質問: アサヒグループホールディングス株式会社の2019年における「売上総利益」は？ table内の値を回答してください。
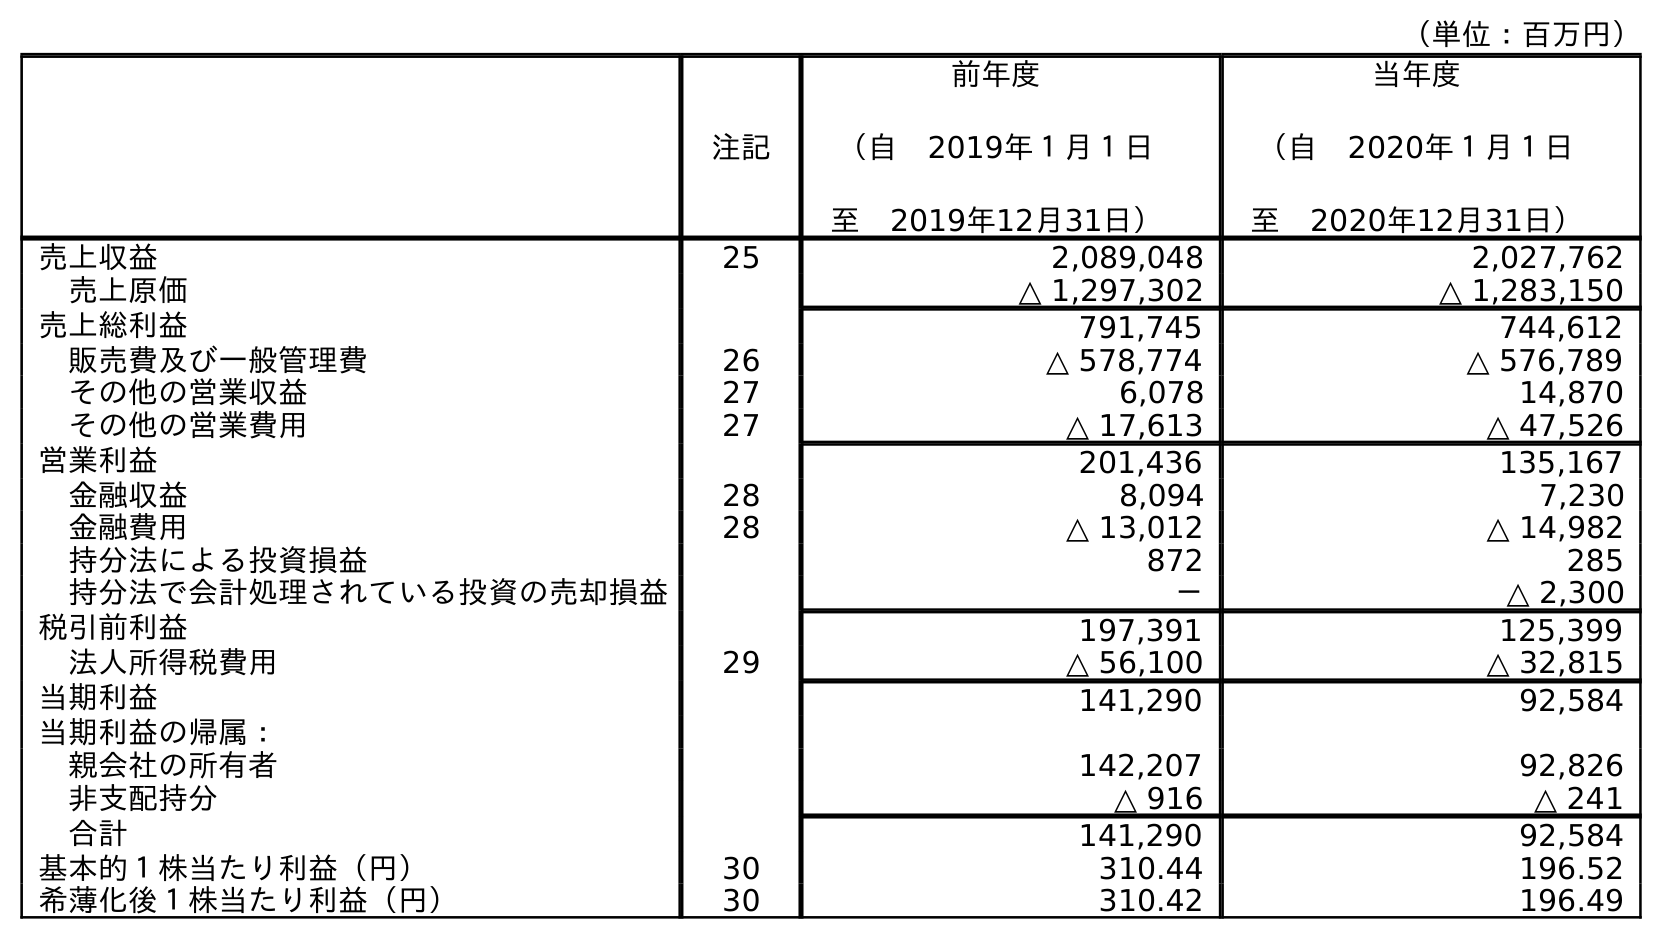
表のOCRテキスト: （単位：百万円） 注記 前年度 （自 2019年１月１日 至 2019年12月31日） 当年度 （自 2020年１月１日 至 2020年12月31日） 売上収益 25 2,089,048 2,027,762 売上原価 △ 1,297,302 △ 1,283,150 売上総利益 791,745 744,612 販売費及び一般管理費 26 △ 578,774 △ 576,789 その他の営業収益 27 6,078 14,870 その他の営業費用 27 △ 17,613 △ 47,526 営業利益 201,436 135,167 金融収益 28 8,094 7,230 金融費用 28 △ 13,012 △ 14,982 持分法による投資損益 872 285 持分法で会計処理されている投資の売却損益 － △ 2,300 税引前利益 197,391 125,399 法人所得税費用 29 △ 56,100 △ 32,815 当期利益 141,290 92,584 当期利益の帰属： 親会社の所有者 142,207 92,826 非支配持分 △ 916 △ 241 合計 141,290 92,584 基本的１株当たり利益（円） 30 310.44 196.52 希薄化後１株当たり利益（円） 30 310.42 196.49
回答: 791,745